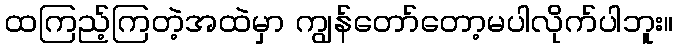
ထကြည့်ကြတဲ့အထဲမှာ ကျွန်တော်တော့မပါလိုက်ပါဘူး။